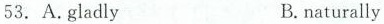
53. A.gladly B.naturlly